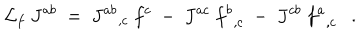
{ \cal L } _ { f } \ J ^ { a b } \ = \ { J ^ { a b } } _ { , c } \ f ^ { c } \ - \ J ^ { a c } \ { f ^ { b } } _ { , c } \ - \ J ^ { c b } \ { f ^ { a } } _ { , c } \ \ \ .